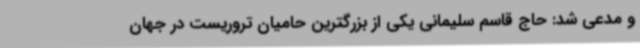
و مدعی شد: حاج قاسم سلیمانی یکی از بزرگترین حامیان تروریست در جهان